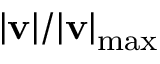
\lvert \mathbf { v } \rvert / \lvert \mathbf { v } \rvert _ { \mathrm { m a x } }